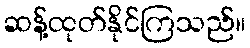
ဆန့်ထုတ်နိုင်ကြသည်။